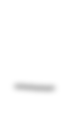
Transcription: –